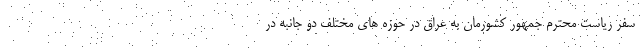
سفر ریاست محترم جمهور کشورمان به عراق در حوزه های مختلف دو جانبه در